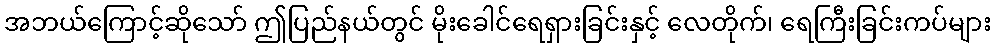
အဘယ်ကြောင့်ဆိုသော် ဤပြည်နယ်တွင် မိုးခေါင်ရေရှားခြင်းနှင့် လေတိုက်၊ ရေကြီးခြင်းကပ်များ